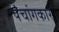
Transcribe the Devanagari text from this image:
पंचांगकार